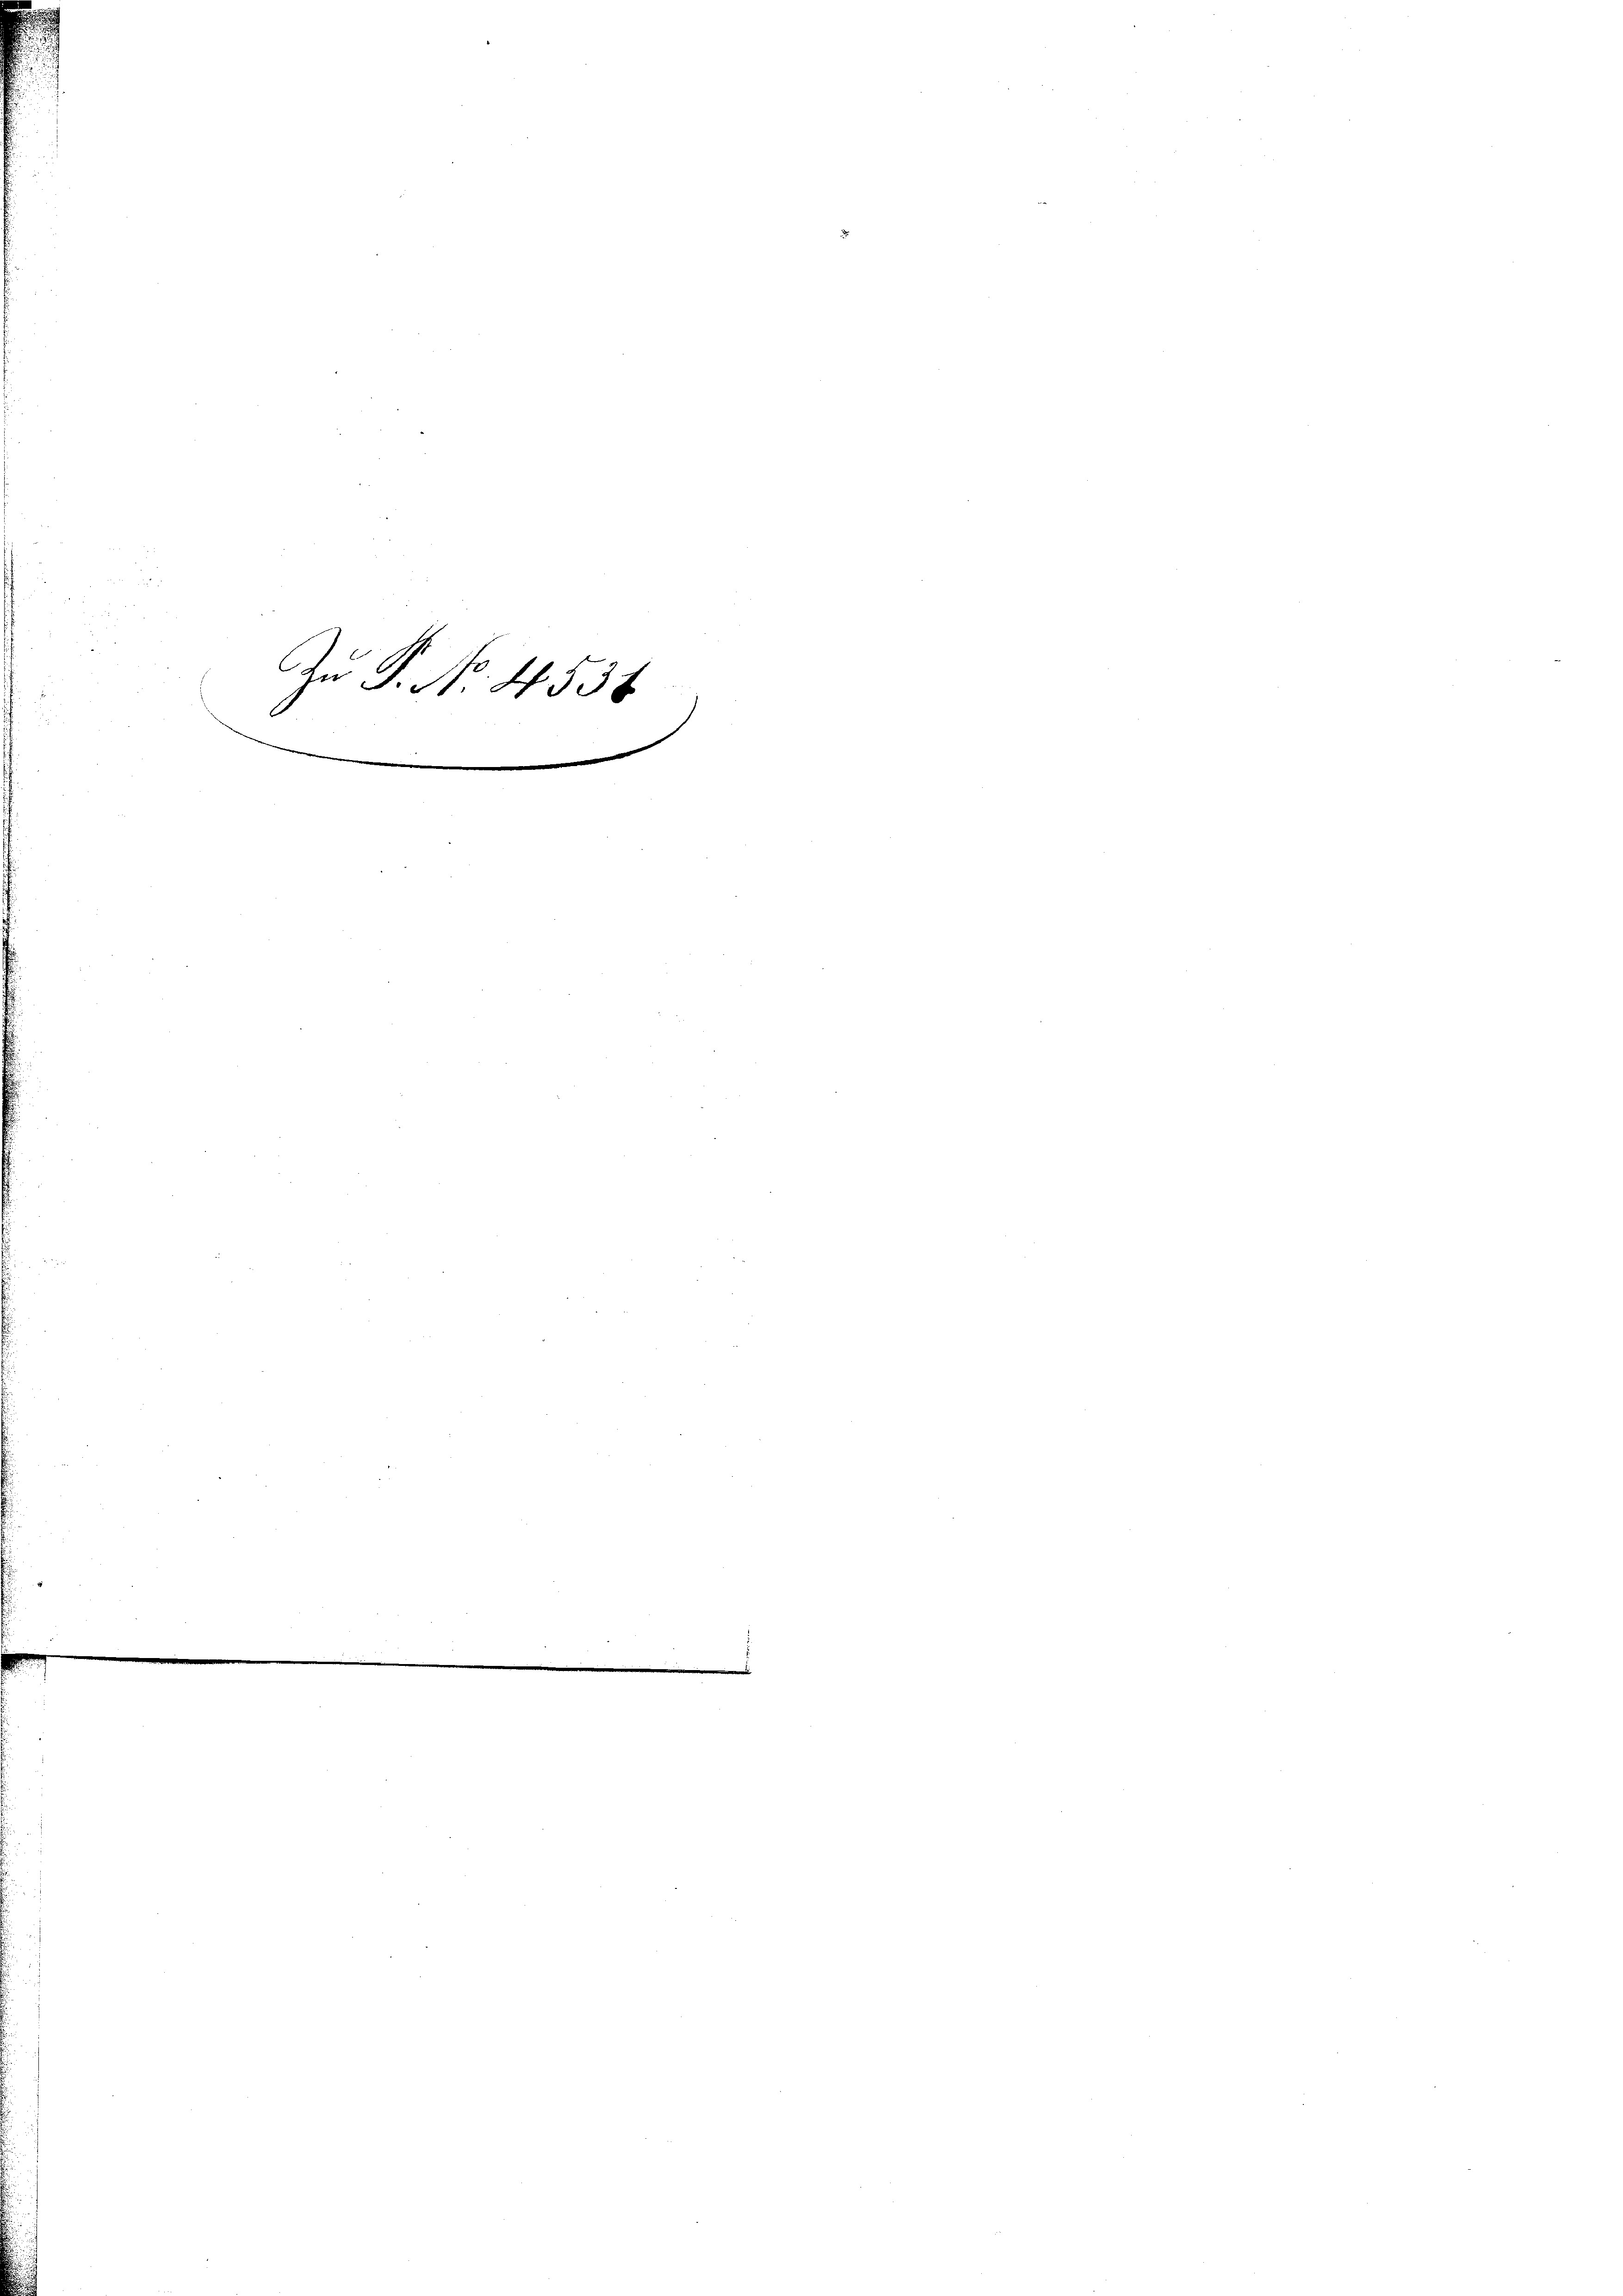
An P. Nr. 45
e
e
7
e
e
¬

0
e
.